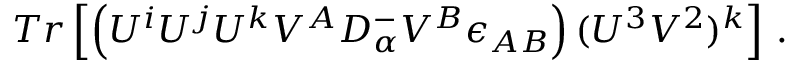
T r \left[ \left( U ^ { i } U ^ { j } U ^ { k } V ^ { A } { \cal D } _ { \alpha } ^ { - } V ^ { B } \epsilon _ { A B } \right) ( U ^ { 3 } V ^ { 2 } ) ^ { k } \right] \, .